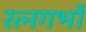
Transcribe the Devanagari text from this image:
रत्नगर्भो